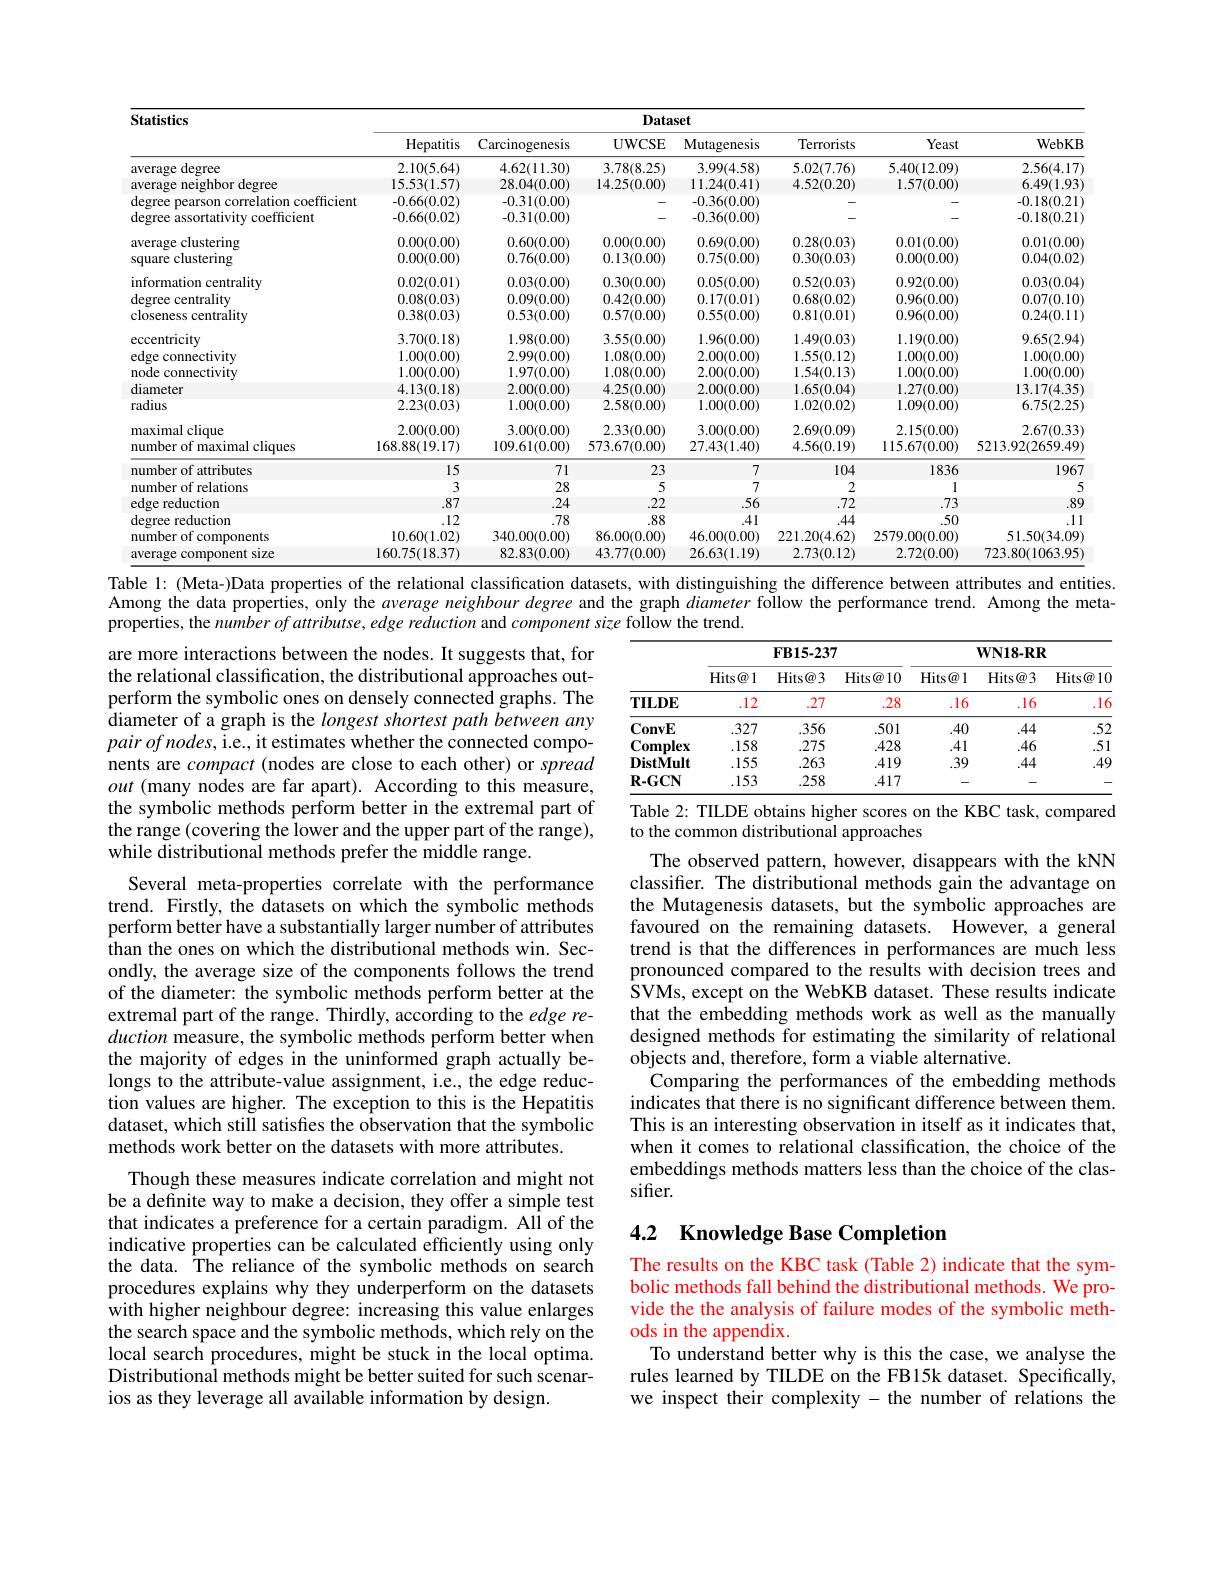
<table>
	<tbody>
		<tr>
			<th rowspan="2">Statistics</th>
			<th colspan="7">Dataset</th>
		</tr>
		<tr>
			<th>Hepatitis</th>
			<th>Carcinogenesis</th>
			<th>$\mathbf{UWCSE}$</th>
			<th>Mutagenesis</th>
			<th>Terrorists</th>
			<th>Yeast</th>
			<th>WebKB</th>
		</tr>
		<tr>
			<td>average degree</td>
			<td>2.10(5.64)</td>
			<td>4.62(11.30)</td>
			<td>3.78(8.25)</td>
			<td>3.99(4.58)</td>
			<td>5.02(7.76)</td>
			<td>5.40(12.09)</td>
			<td>2.56(4.17</td>
		</tr>
		<tr>
			<td>average neighbor degree</td>
			<td>15.53(1.57)</td>
			<td>28.04(0.00)</td>
			<td>14.25(0.00)</td>
			<td>11.24(0.41)</td>
			<td>4.52(0.20)</td>
			<td>1.57(0.00)</td>
			<td>6.49(1.93</td>
		</tr>
		<tr>
			<td>degree pearson correlation coefficient</td>
			<td>-0.66(0.02)</td>
			<td>-0.31(0.00)</td>
			<td> </td>
			<td>-0.36(0.00)</td>
			<td> </td>
			<td> </td>
			<td>-0.18(0.21</td>
		</tr>
		<tr>
			<td>degree assortativity coefficient</td>
			<td>-0.66(0.02)</td>
			<td>-0.31(0.00)</td>
			<td> </td>
			<td>-0.36(0.00)</td>
			<td> </td>
			<td> </td>
			<td>-0.18(0.21</td>
		</tr>
		<tr>
			<td> </td>
			<td> </td>
			<td> </td>
			<td> </td>
			<td> </td>
			<td> </td>
			<td> </td>
			<td> </td>
		</tr>
		<tr>
			<td>10.10.510111115</td>
			<td> </td>
			<td> </td>
			<td> </td>
			<td>7.</td>
			<td> </td>
			<td> </td>
			<td> </td>
		</tr>
		<tr>
			<td>$^{115}$</td>
			<td>$\mathbf{v}(\mathbf{v}$</td>
			<td> </td>
			<td>$\bullet$</td>
			<td>$\bullet$</td>
			<td>{,}</td>
			<td>010</td>
			<td> </td>
		</tr>
		<tr>
			<td>information centrality degree centrality closeness centrality</td>
			<td>0.02(0.01) 0.08(0.03) 0.38(0.03)</td>
			<td>0.03(0.00) 0.09(0.00) 0.53(0.00)</td>
			<td>0.30(0.00) 0.42(0.00) 0.57(0.00)</td>
			<td>0.05(0.00) 0.17(0.01) 0.55(0.00)</td>
			<td>0.52(0.03) 0.68(0.02) 0.81(0.01)</td>
			<td>0.92(0.00) 0.96(0.00) 0.96(0.00)</td>
			<td>0.03(0.04 0.07(0.10 0.24(0.11</td>
		</tr>
		<tr>
			<td>mon centramy</td>
			<td> </td>
			<td> </td>
			<td> </td>
			<td> </td>
			<td> </td>
			<td> </td>
			<td> </td>
		</tr>
		<tr>
			<td>sundin 11 4 5 1 1</td>
			<td> </td>
			<td> </td>
			<td> </td>
			<td> </td>
			<td> </td>
			<td> </td>
			<td> </td>
		</tr>
		<tr>
			<td>${\mathrm{uanty}}$</td>
			<td>$J0(U.$</td>
			<td>.0(0.</td>
			<td>$IU$</td>
			<td>..0.1.</td>
			<td>$\angle10$</td>
			<td>$ww$</td>
			<td> </td>
		</tr>
		<tr>
			<td>eccentricity</td>
			<td>3.70(0.18)</td>
			<td>1.98(0.00)</td>
			<td>3.55(0.00)</td>
			<td>1.96(0.00)</td>
			<td>1.49(0.03)</td>
			<td>1.19(0.00)</td>
			<td>9.65(2.94</td>
		</tr>
		<tr>
			<td>edge connectivity</td>
			<td>1.00(0. 00</td>
			<td>2.99(0.00]</td>
			<td> </td>
			<td>2.00(0)</td>
			<td>(0</td>
			<td>1 TILI</td>
			<td>1.00(0.00)</td>
		</tr>
		<tr>
			<td>node connectivity</td>
			<td>1.00(0.00)</td>
			<td>1.97(0.00)</td>
			<td>1.08(0.00)</td>
			<td>2.00(0.00)</td>
			<td>1.54(0.13)</td>
			<td>1.00(0.00)</td>
			<td>1.00(0.00</td>
		</tr>
		<tr>
			<td>diameter</td>
			<td>4.13(0.18)</td>
			<td>2.00(0.00)</td>
			<td>4.25(0.00)</td>
			<td>2.00(0.00)</td>
			<td>1.65(0.04)</td>
			<td>1.27(0.00)</td>
			<td>13.17(4.35</td>
		</tr>
		<tr>
			<td>radius</td>
			<td>2.23(0.03)</td>
			<td>1.00(0.00)</td>
			<td>2.58(0.00)</td>
			<td>1.00(0.00)</td>
			<td>1.02(0.02)</td>
			<td>1.09(0.00)</td>
			<td>6.75(2.25</td>
		</tr>
		<tr>
			<td>maximal clique</td>
			<td>2.00(0.00)</td>
			<td>3.00(0.00)</td>
			<td>2.33(0.00)</td>
			<td>3.00(0.00)</td>
			<td>2.69(0.09)</td>
			<td>2.15(0.00)</td>
			<td>2.67(0.33</td>
		</tr>
		<tr>
			<td>number of maximal cliques</td>
			<td>168.88(19.17)</td>
			<td>109.61(0.00)</td>
			<td>573.67(0.00)</td>
			<td>27.43(1.40)</td>
			<td>4.56(0.19)</td>
			<td>115.67(0.00)</td>
			<td>5213.92(2659.49]</td>
		</tr>
		<tr>
			<td>umberofattributes</td>
			<td>15</td>
			<td>71</td>
			<td>23</td>
			<td>7</td>
			<td>104</td>
			<td>1836</td>
			<td>1967</td>
		</tr>
		<tr>
			<td>number of relations</td>
			<td>3</td>
			<td>28</td>
			<td>5</td>
			<td>7</td>
			<td>2</td>
			<td>1</td>
			<td> </td>
		</tr>
		<tr>
			<td>edge reduction</td>
			<td>.87</td>
			<td>.24</td>
			<td>.22</td>
			<td>.56</td>
			<td>.72</td>
			<td>.73</td>
			<td>.85</td>
		</tr>
		<tr>
			<td>degree reduction</td>
			<td>.12</td>
			<td>.78</td>
			<td>.88</td>
			<td>.41</td>
			<td>.44</td>
			<td>.50</td>
			<td>.11</td>
		</tr>
		<tr>
			<td>number of components</td>
			<td>10.60(1.02)</td>
			<td>340.00(0.00)</td>
			<td>86.00(0.00)</td>
			<td>46.00(0.00)</td>
			<td>221.20(4.62)</td>
			<td>2579.00(0.00)</td>
			<td>51.50(34.09</td>
		</tr>
		<tr>
			<td>average component size</td>
			<td>160.75(18.37)</td>
			<td>82.83(0.00)</td>
			<td>43.77(0.00)</td>
			<td>26.63(1.19)</td>
			<td>2.73(0.12)</td>
			<td>2.72(0.00)</td>
			<td>723.80(1063.95</td>
		</tr>
	</tbody>
</table>

Table 1: (Meta-)Data properties of the relational classification datasets, with distinguishing the difference between attributes and entities.

Among the data properties, only the average neighbour degree and the graph $\bar{diameter\text{followtheperformance trend.}}$ Among the meta-
properties, the number of attributse, edge reduction and $component\textit{size follow the trend. }$

<table>
	<tbody>
		<tr>
			<th> </th>
			<th colspan="3">$FB15-237$</th>
			<th colspan="3">$\mathbf{WN18-RR}$</th>
		</tr>
		<tr>
			<th> </th>
			<th>Hits@ 1</th>
			<th>Hits@ 3</th>
			<th>Hits@ 10</th>
			<th>$\operatorname{Hits@}1$</th>
			<th>Hits@ 3</th>
			<th>Hits@ 1C</th>
		</tr>
		<tr>
			<td>$\mathbf{TILDE}$</td>
			<td>.12</td>
			<td>27</td>
			<td>.28</td>
			<td>.16</td>
			<td>.16</td>
			<td>.16</td>
		</tr>
		<tr>
			<td>$\mathbf{ConvE}$</td>
			<td>327</td>
			<td>356</td>
			<td>.501</td>
			<td>.40</td>
			<td>.44</td>
			<td>52</td>
		</tr>
		<tr>
			<td>$\mathbf{Complex}$</td>
			<td>.158</td>
			<td>275</td>
			<td>428</td>
			<td>.41</td>
			<td>46</td>
			<td>.51</td>
		</tr>
		<tr>
			<td>DistMult</td>
			<td>155</td>
			<td>263</td>
			<td>419</td>
			<td>.39</td>
			<td>.44</td>
			<td>.49</td>
		</tr>
		<tr>
			<td>$\mathbf{R-GCN}$</td>
			<td>153</td>
			<td>258</td>
			<td>417</td>
			<td>-</td>
			<td> </td>
			<td> </td>
		</tr>
	</tbody>
</table>
Table 2: TILDE obtains higher scores on the KBC task, compared

are more interactions between the nodes. It suggests that, for the relational classification, the distributional approaches outperform the symbolic ones on densely connected graphs. The diameter of a graph is the longest shortest path between any $pairofnodes$,i.e., it estimates whether the connected components are compact (nodes are close to each other) or spread out (many nodes are far apart). According to this measure, the symbolic methods perform better in the extremal part of the range (covering the lower and the upper part of the range), while distributional methods prefer the middle range.

to the common distributional approaches

Several meta-properties correlate with the performance trend. Firstly, the datasets on which the symbolic methods perform better have a substantially larger number of attributes than the ones on which the distributional methods win. Secondly, the average size of the components follows the trend of the diameter: the symbolic methods perform better at the extremal part of the range. Thirdly, according to the edge reduction measure, the symbolic methods perform better when the majority of edges in the uninformed graph actually belongs to the attribute-value assignment, i.e., the edge reduction values are higher. The exception to this is the Hepatitis dataset, which still satisfes the observation that the symbolic methods work better on the datasets with more attributes.
Though these measures indicate correlation and might not be a definite way to make a decision, they offer a simple test that indicates a preference for a certain paradigm. All of the indicative properties can be calculated efficiently using only the data. The reliance of the symbolic methods on search procedures explains why they underperform on the datasets with higher neighbour degree: increasing this value enlarges the search space and the symbolic methods, which rely on the

The observed pattern, however, disappears with the kNN classifier. The distributional methods gain the advantage on the Mutagenesis datasets, but the symbolic approaches are favoured on the remaining datasets. However, a general trend is that the differences in performances are much less pronounced compared to the results with decision trees and $\hat{\text{SVMs, except on the WebKB dataset. These results indicate}}$ that the embedding methods work as well as the manually designed methods for estimating the similarity of relational objects and, therefore, form a viable alternative.
Comparing the performances of the embedding methods indicates that there is no significant difference between them. This is an interesting observation in itself as it indicates that, when it comes to relational classification, the choice of the embeddings methods matters less than the choice of the classifier.

## 4.2 Knowledge Base Completion

local search procedures, might be stuck in the local optima. Distributional methods might be better suited for such scenarios as they leverage all available information by design.

The results on the KBC task (Table 2) indicate that the symbolic methods fall behind the distributional methods. We provide the the analysis of failure modes of the symbolic methods in the appendix.
To understand better why is this the case, we analyse the

rules learned by TILDE on the FB15k dataset. Specifically, we inspect their complexity - the number of relations the